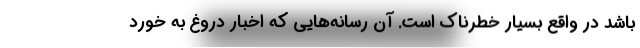
باشد در واقع بسیار خطرناک است. آن رسانه‌هایی که اخبار دروغ به خورد